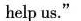
help us."